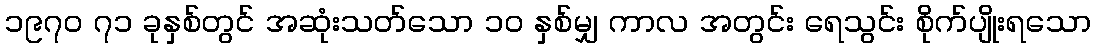
၁၉၇၀ ၇၁ ခုနှစ်တွင် အဆုံးသတ်သော ၁၀ နှစ်မျှ ကာလ အတွင်း ရေသွင်း စိုက်ပျိုးရသော